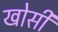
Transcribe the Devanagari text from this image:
खोसी